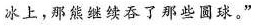
冰上，那熊继续吞了那些圆球。”